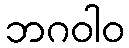
ဘဂဝါဝ